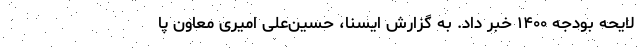
لایحه بودجه ۱۴۰۰ خبر داد. به گزارش ایسنا، حسین‌علی امیری معاون پا